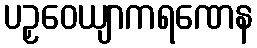
ပဉှဝေယျာကရဏေန